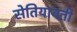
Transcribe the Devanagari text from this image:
सेतियावती